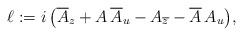
LaTeX: \begin{align*} \ell := i\,\big( \overline{A}_z + A\,\overline{A}_u -A_{\overline{z}} - \overline{A}\,A_u \big),\end{align*}